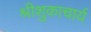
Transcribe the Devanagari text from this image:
श्रीशुकाचार्य